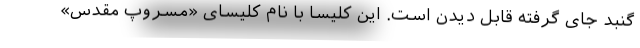
گنبد جای گرفته قابل دیدن است. این کلیسا با نام کلیسای «مسروپ مقدس»